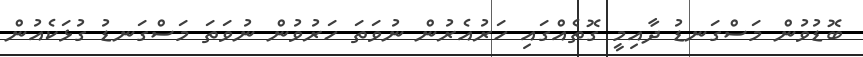
ބޮޑުވުން މަސްގަނޑު ދާއިމީ ގޮތެެއްގައި ހަރުއެރުން ނުވަތަ ހަރުވުން ނުވަތަ މަސްގަނޑު ގުޅަކެއުން